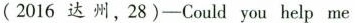
(2016 达 州,28)-Could you help me